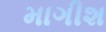
માગીશ